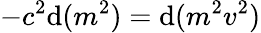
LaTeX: -c^{2}\mathrm{d}(m^{2})=\mathrm{d}(m^{2}v^{2})